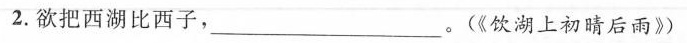
2.欲把西湖比西子，___。(《饮湖上初晴后雨》)